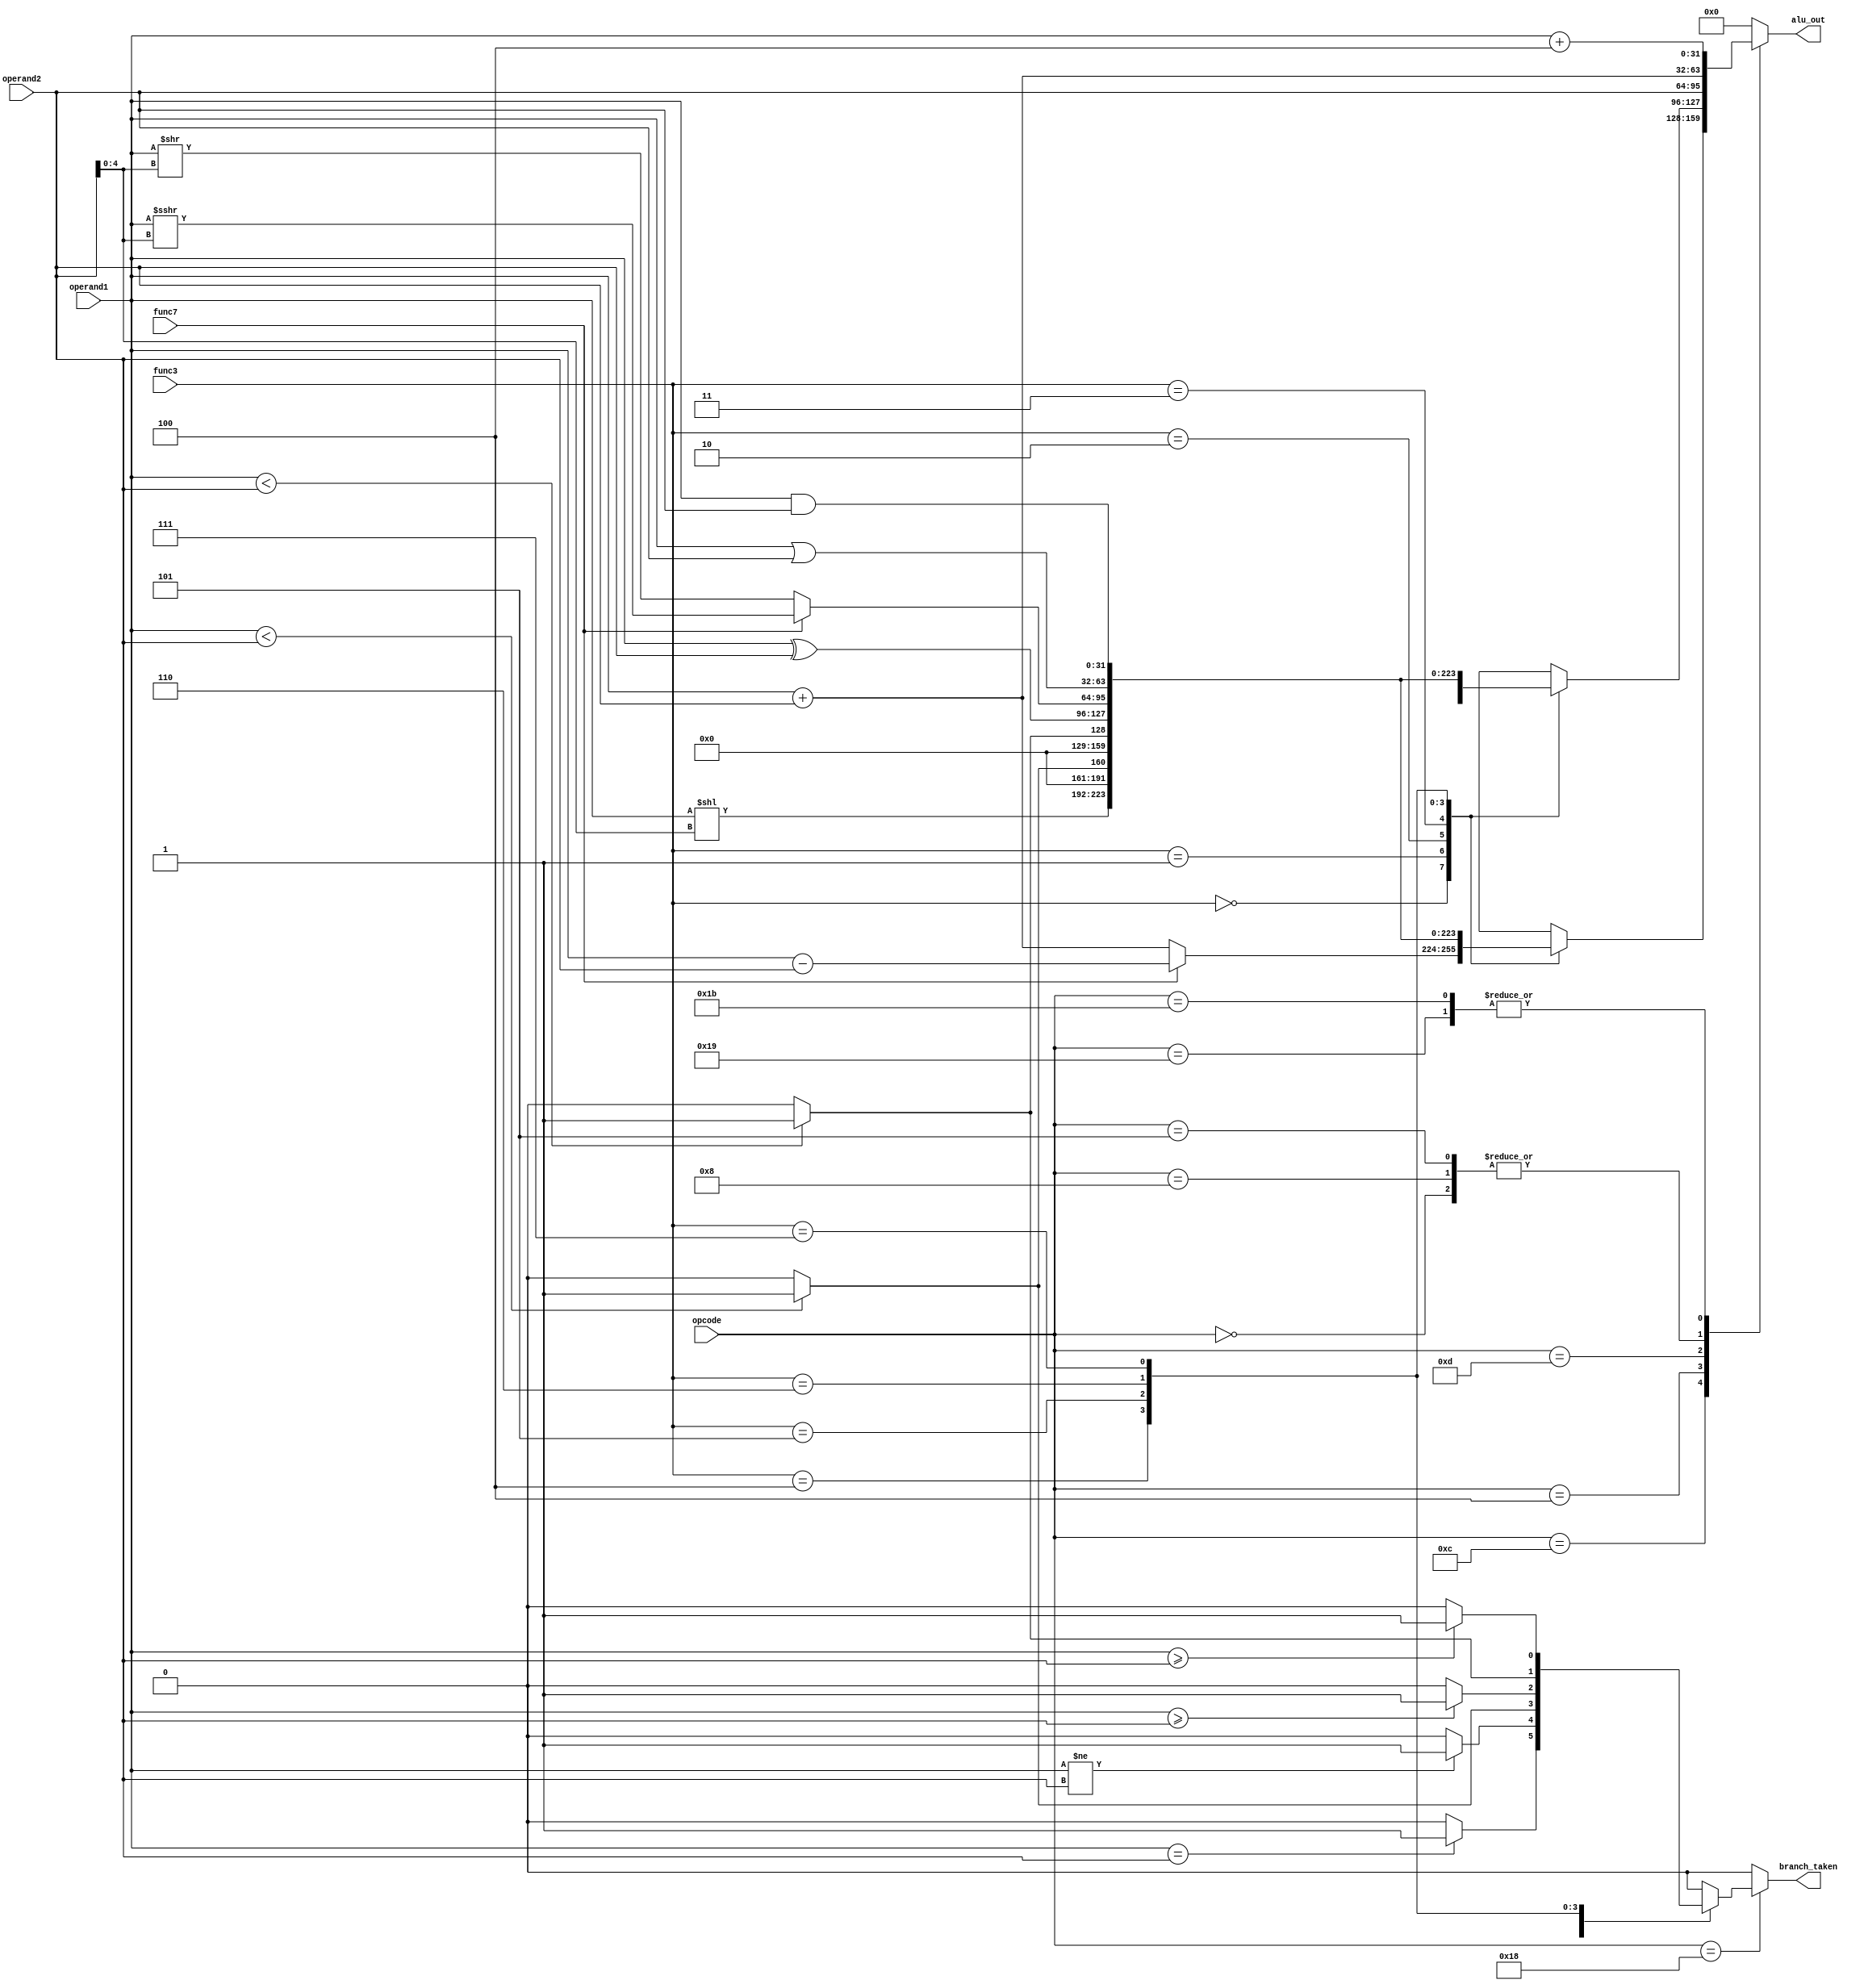
module ALU (opcode,func3,func7,operand1,operand2,alu_out,branch_taken);
    input [4:0] opcode;
    input [2:0] func3;
    input       func7;
    input [31:0] operand1,operand2;
    output reg [31:0] alu_out;              // branch taken ==1;
    output reg branch_taken;

    wire signed [31:0] operand1_s,operand2_s;
    reg signed [31:0] alu_out_s;

    parameter [4:0] R=5'b01100,Ii=5'b00100,Ij=5'b11001,Il=5'b00000,S=5'b01000,B=5'b11000,Ul=5'b01101,Ua=5'b00101,J=5'b11011;


    assign operand1_s=operand1;
    assign operand2_s=operand2;

    always @(*) 
    begin
        //default
        branch_taken=1'b0;
        alu_out_s=32'b0;
	alu_out=32'b0;
        case (opcode)
            R:
            begin
                case (func3)
                    3'b000:
                    begin
                        if (func7)  // -
                        begin
                            alu_out=operand1-operand2 ;   
                        end
                        else        // +
                        begin
                            alu_out=operand1+operand2 ;                               
                        end
                    end     
                    3'b001:         //  <<
                    begin
                        alu_out=operand1<<operand2[4:0];    
                    end
                    3'b010:     // slt
                    begin
                        alu_out=(operand1_s<operand2_s) ? 32'd1 : 32'b0;            ///////???
                    end
                    3'b011:     //sltu                                      
                    begin
                        alu_out=(operand1<operand2) ? 32'd1 : 32'b0;            ///////???                       
                    end
                    3'b100:     // xor
                    begin
                        alu_out=operand1^operand2;
                    end
                    3'b101:      
                    begin
                        if (func7) //sra
                        begin
                            alu_out_s=operand1_s >>> operand2[4:0]; 
                            alu_out=alu_out_s;          
                        end
                        else        //srl
                        begin
                            alu_out=operand1 >> operand2[4:0];               
                        end
                    end
                    3'b110:     //  or
                    begin
                        alu_out=operand1|operand2;                       
                    end
                    3'b111:     // and
                    begin
                        alu_out=operand1&operand2;                        
                    end                    
                    default: 
                    begin
                        alu_out=32'b0;                       
                    end                   
                endcase
            end 
            Ii:
            begin
                case (func3)
                    3'b000:     // +
                    begin                      
                        alu_out=operand1+operand2 ;                               
                    end     
                    3'b001:         //  <<
                    begin
                        alu_out=operand1<<operand2[4:0];   
                    end
                    3'b010:     // slt
                    begin
                        alu_out=(operand1_s<operand2_s) ? 32'd1 : 32'b0;        /////??
                    end
                    3'b011:     //sltu                                      
                    begin
                        alu_out=(operand1<operand2) ? 32'd1 : 32'b0;                     ////  ??  
                    end
                    3'b100:     // xor
                    begin
                        alu_out=operand1^operand2;
                    end
                    3'b101:     
                    begin
                        if (func7)  //      srai
                        begin
                            alu_out_s=operand1_s >>> operand2[4:0];  
                            alu_out=alu_out_s;          
                        end
                        else        //srli
                        begin
                            alu_out=operand1>>operand2[4:0];
                        end
                    end
                    3'b110:     //  or
                    begin
                        alu_out=operand1|operand2;                       
                    end
                    3'b111:     // and
                    begin
                        alu_out=operand1&operand2;                        
                    end 
                    default: 
                    begin
                        alu_out=32'b0;                       
                    end
                endcase
            end
            Ij:
            begin
                alu_out=operand1+32'd4;
            end
            Il:
            begin
                alu_out=operand1+operand2;
            end
            S:
            begin
                alu_out=operand1+operand2;                      
            end
            B:                                      //by bit[0]
            begin
                case (func3)
                    3'b000:     //beq
                    begin
                        if (operand1==operand2) 
                        begin
                           branch_taken=1'b1;     
                        end
                        else
                        begin
                            branch_taken=1'b0;                                 
                        end
                    end 
                    3'b001:     //bne
                    begin
                        if (operand1!=operand2) 
                        begin
                            branch_taken=1'b1;     
                        end
                        else
                        begin
                            branch_taken=1'b0;                                 
                        end
                    end
                    3'b100:     //blt
                    begin
                        if (operand1_s<operand2_s)         ///?
                        begin
                            branch_taken=1'b1;     
                        end
                        else
                        begin
                            branch_taken=1'b0;                                 
                        end                        
                    end
                    3'b101:     //bge
                    begin
                        if (operand1_s>=operand2_s) 
                        begin
                            branch_taken=1'b1;     
                        end
                        else
                        begin
                            branch_taken=1'b0;                                 
                        end                        
                    end
                    3'b110:     //bltu
                    begin
                        if (operand1<operand2)         ///?
                        begin
                           branch_taken=1'b1;     
                        end
                        else
                        begin
                            branch_taken=1'b0;                                 
                        end
                    end
                    3'b111:     //bgeu
                    begin
                        if (operand1>=operand2) 
                        begin
                            branch_taken=1'b1;     
                        end
                        else
                        begin
                            branch_taken=1'b0;                                 
                        end
                    end
                    default:
                    begin
                        alu_out=32'b0;
                    end 
                endcase              
            end
            Ul:
            begin
                alu_out=operand2;        
            end
            Ua:
            begin
                alu_out=operand1+operand2;
            end
            J:
            begin
                alu_out=operand1+32'd4;                          
            end
            default: 
                alu_out=32'b0;
                
        endcase
    end
endmodule